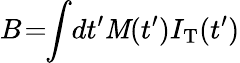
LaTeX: B\! =\! \! \int\! dt^{\prime}\mathit{M}(t^{\prime})I_{\mathrm{{T}}}(t^{\prime})